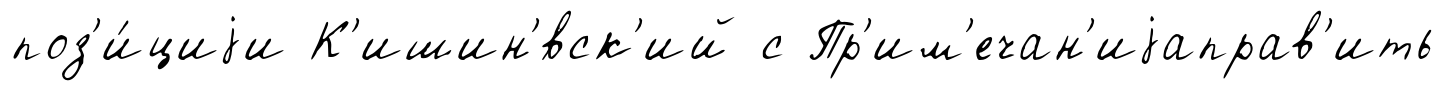
поз'и́циjи К'ишин'́вск'ий с Пр'им'ечан'иjаправ'ить